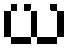
ယ